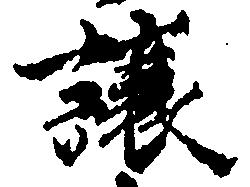
譲